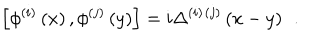
\left[ \phi ^ { ( i ) } \left( x \right) , \phi ^ { ( j ) } \left( y \right) \right] = i \Delta ^ { ( i ) } { } ^ { ( j ) } \left( x - y \right) \; \, .